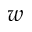
w